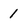
Character: 1